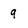
Character: 9